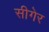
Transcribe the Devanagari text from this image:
सीगेर